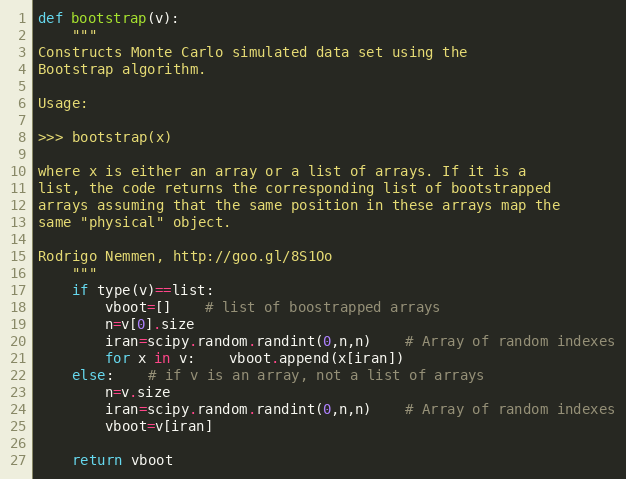
Language: Python
def bootstrap(v):
	"""
Constructs Monte Carlo simulated data set using the
Bootstrap algorithm.

Usage:

>>> bootstrap(x)

where x is either an array or a list of arrays. If it is a
list, the code returns the corresponding list of bootstrapped
arrays assuming that the same position in these arrays map the
same "physical" object.

Rodrigo Nemmen, http://goo.gl/8S1Oo
	"""
	if type(v)==list:
		vboot=[]	# list of boostrapped arrays
		n=v[0].size
		iran=scipy.random.randint(0,n,n)	# Array of random indexes
		for x in v:	vboot.append(x[iran])
	else:	# if v is an array, not a list of arrays
		n=v.size
		iran=scipy.random.randint(0,n,n)	# Array of random indexes
		vboot=v[iran]

	return vboot